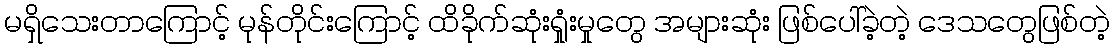
မရှိသေးတာကြောင့် မုန်တိုင်းကြောင့် ထိခိုက်ဆုံးရှုံးမှုတွေ အများဆုံး ဖြစ်ပေါ်ခဲ့တဲ့ ဒေသတွေဖြစ်တဲ့